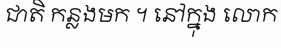
ជាតិ កន្លងមក ។ នៅក្នុង លោក